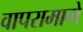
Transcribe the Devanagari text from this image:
वापरामागे